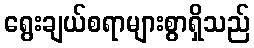
ရွေးချယ်စရာများစွာရှိသည်